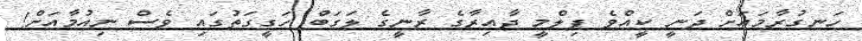
ހަނގުރާމައަށް ދަނީ ކީއްވެ ފިލްމީ ދާއިރާގެ ރާނީގެ ލަގަބް ހަގީގަތުގައި ވެސް ނިއުމާއަށް!